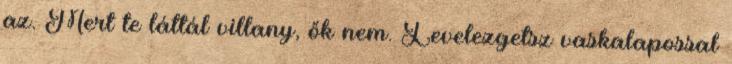
az. Mert te láttál villany, ők nem. Levelezgetsz vaskalapossal